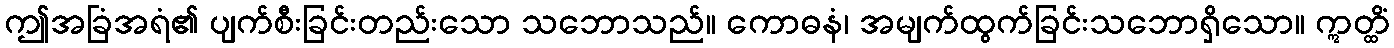
ဤအခြံအရံ၏ ပျက်စီးခြင်းတည်းသော သဘောသည်။ ကောဓနံ၊ အမျက်ထွက်ခြင်းသဘောရှိသော။ ဣတ္ထိံ